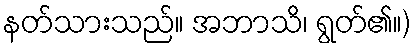
နတ်သားသည်။ အဘာသိ၊ ရွတ်၏။)